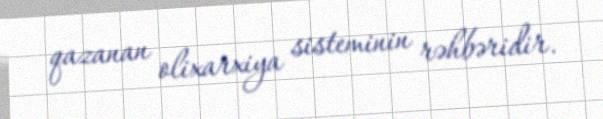
qazanan olixarxiya sisteminin rəhbəridir.